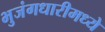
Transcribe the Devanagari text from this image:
भुजंगधारीमध्ये